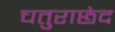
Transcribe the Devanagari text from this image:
चतुराछेद